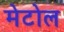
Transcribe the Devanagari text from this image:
मेटोल